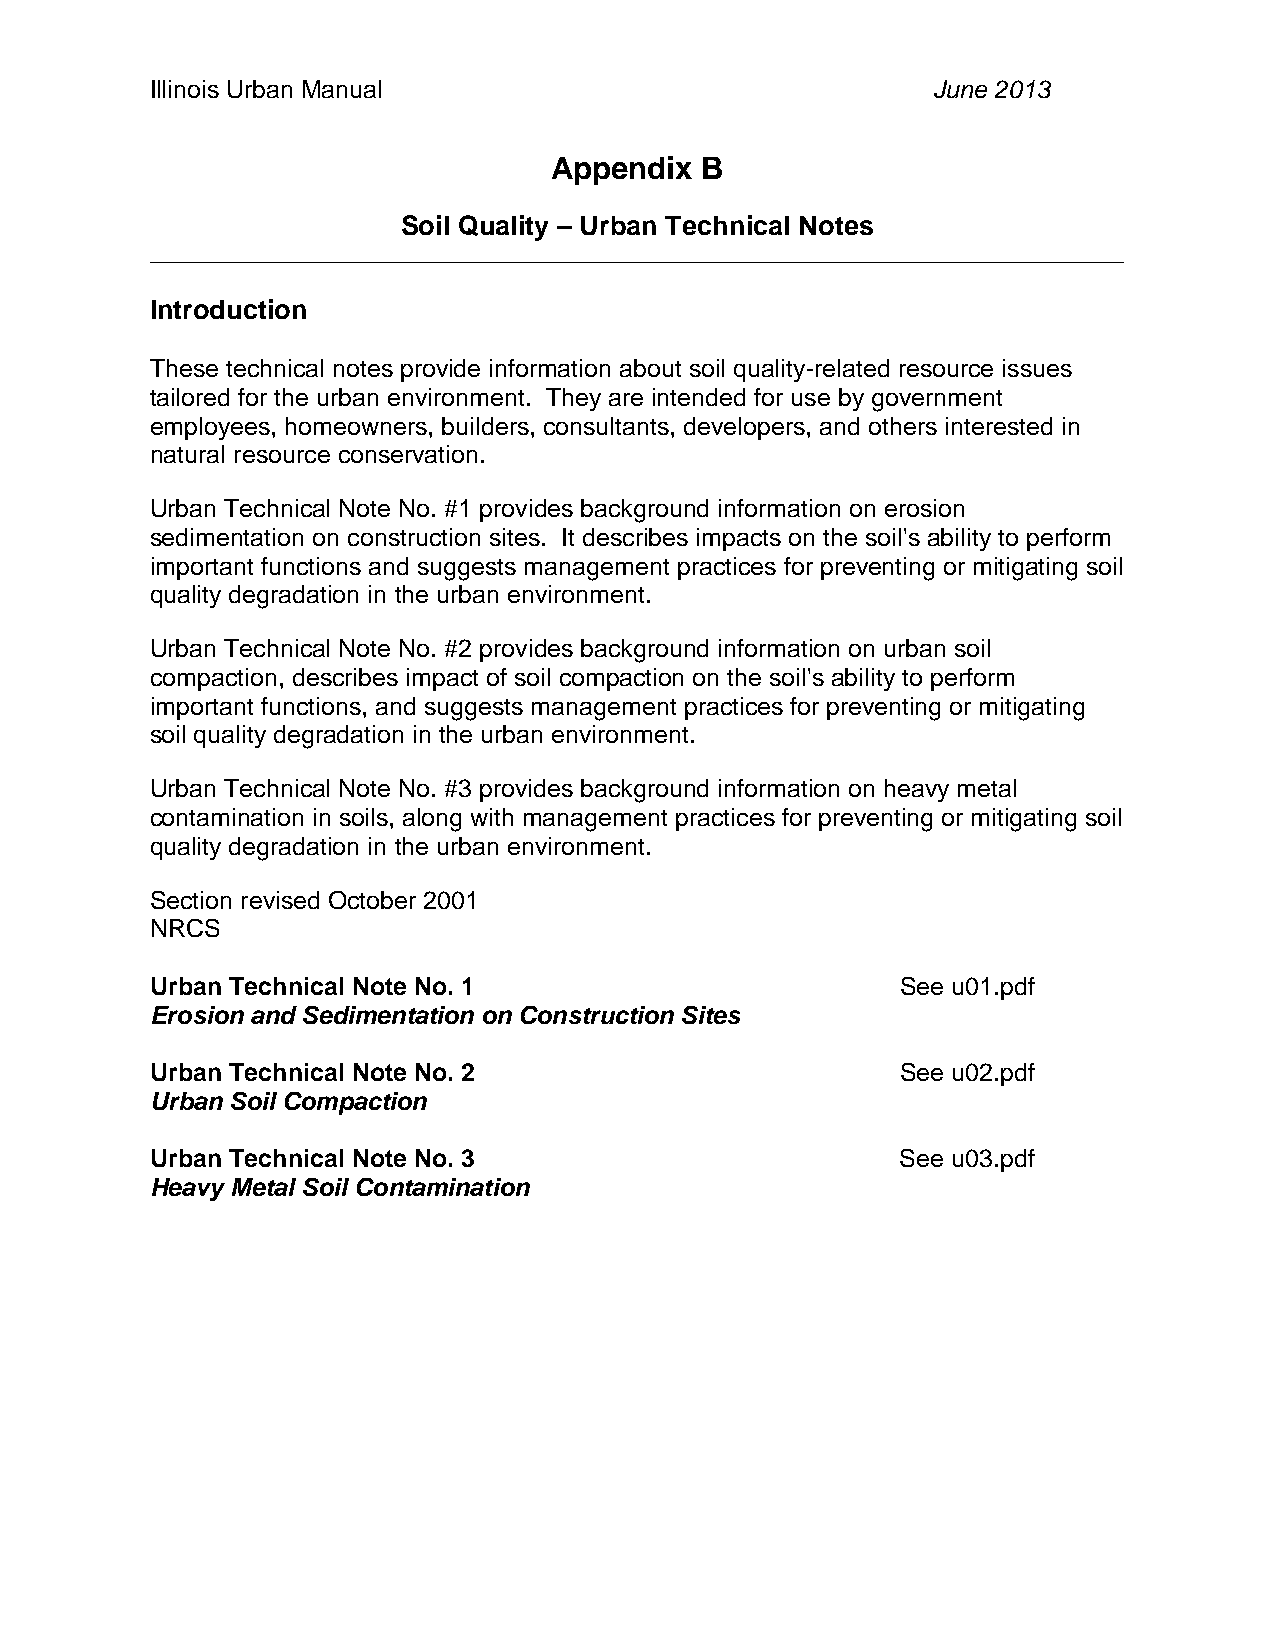
Illinois Urban Manual                               June 2013
 Appendix  B
 Soil Quality – Urban Technical Notes
 ____________________________________________________________________________________
 Introduction
 These technical notes provide information about soil quality-related resource issues
 tailored for the urban environment. They are intended for use by government
 employees, homeowners, builders, consultants, developers, and others interested in
 natural resource conservation.
 Urban Technical Note No. #1 provides background information on erosion
 sedimentation on construction sites. It describes impacts on the soil's ability to perform
 important functions and suggests management practices for preventing or mitigating soil
 quality degradation in the urban environment.
 Urban Technical Note No. #2 provides background information on urban soil
 compaction, describes impact of soil compaction on the soil's ability to perform
 important functions, and suggests management practices for preventing or mitigating
 soil quality degradation in the urban environment.
 Urban Technical Note No. #3 provides background information on heavy metal
 contamination in soils, along with management practices for preventing or mitigating soil
 quality degradation in the urban environment.
 Section revised October 2001
 NRCS
 Urban Technical Note No. 1                        See u01.pdf
 Erosion and Sedimentation on Construction Sites
 Urban Technical Note No. 2                        See u02.pdf
 Urban Soil Compaction
 Urban Technical Note No. 3                        See u03.pdf
 Heavy Metal Soil Contamination